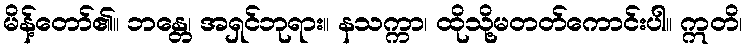
မိန့်တော်၏။ ဘန္တေ၊ အရှင်ဘုရား။ နသက္ကာ၊ ထိုသို့မတတ်ကောင်းပါ။ ဣတိ၊